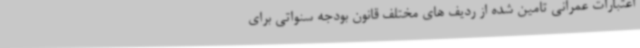
اعتبارات عمرانی تامین شده از ردیف های مختلف قانون بودجه سنواتی برای